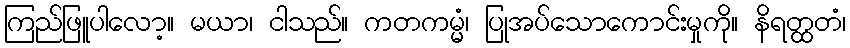
ကြည်ဖြူပါလော့။ မယာ၊ ငါသည်။ ကတကမ္မံ၊ ပြုအပ်သောကောင်းမှုကို။ နိရတ္ထတံ၊